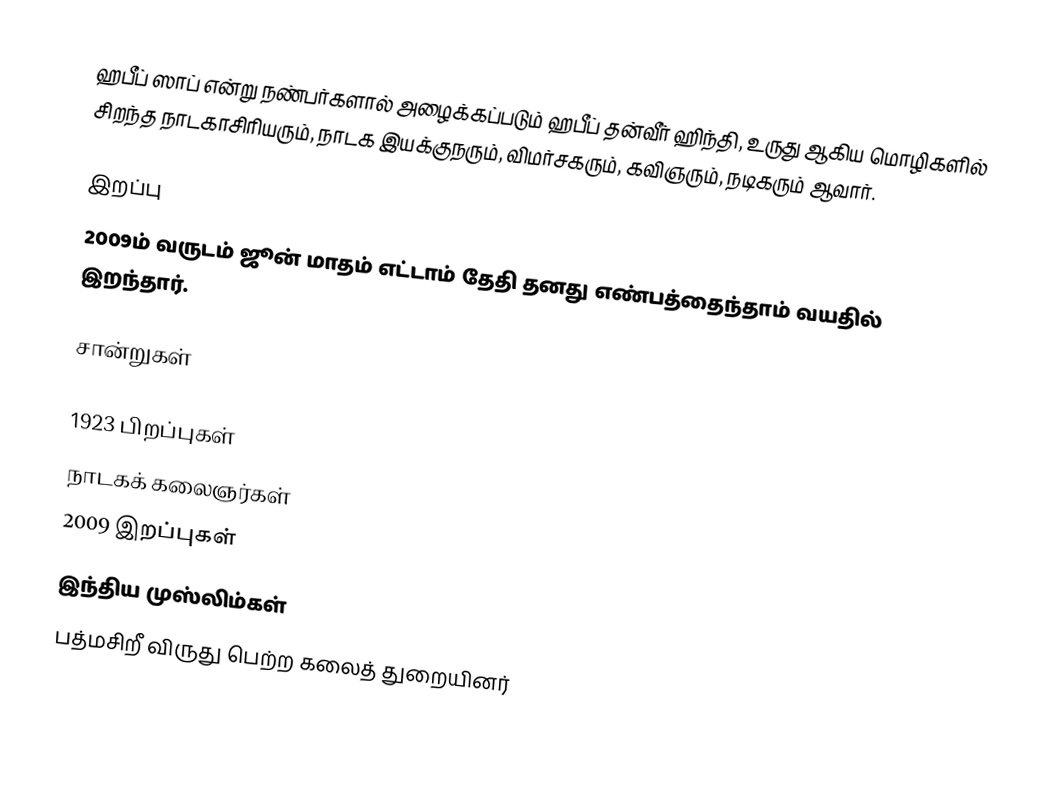
ஹபீப் ஸாப் என்று நண்பர்களால் அழைக்கப்படும் ஹபீப் தன்வீர் ஹிந்தி, உருது ஆகிய மொழிகளில் சிறந்த நாடகாசிரியரும், நாடக இயக்குநரும், விமர்சகரும், கவிஞரும், நடிகரும் ஆவார்.

இறப்பு
2009ம் வருடம் ஜூன் மாதம் எட்டாம் தேதி தனது எண்பத்தைந்தாம் வயதில் இறந்தார்.

சான்றுகள்

1923 பிறப்புகள்
நாடகக் கலைஞர்கள்
2009 இறப்புகள்
இந்திய முஸ்லிம்கள்
பத்மசிறீ விருது பெற்ற கலைத் துறையினர்